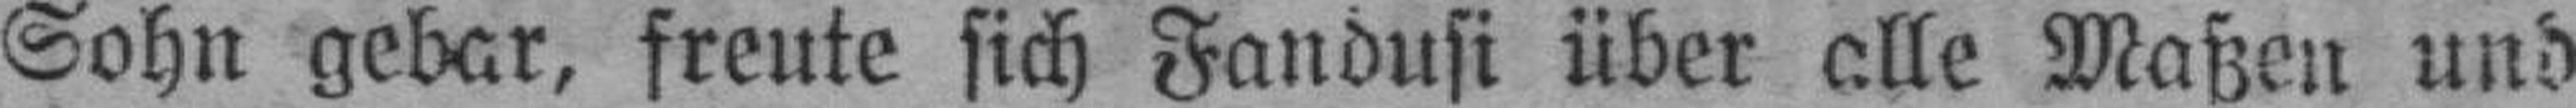
Sohn gebar, freute sich Fandusi über alle Maßen und